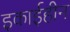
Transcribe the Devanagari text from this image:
इकाईहीन